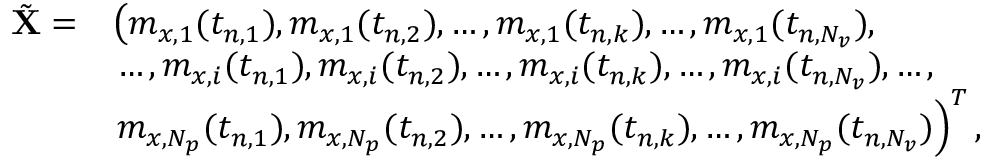
\begin{array} { r l } { \tilde { \mathbf { X } } = } & { \left( m _ { x , 1 } ( t _ { n , 1 } ) , m _ { x , 1 } ( t _ { n , 2 } ) , \ldots , m _ { x , 1 } ( t _ { n , k } ) , \ldots , m _ { x , 1 } ( t _ { n , N _ { v } } ) , \right. } \\ & { \left. \ldots , m _ { x , i } ( t _ { n , 1 } ) , m _ { x , i } ( t _ { n , 2 } ) , \ldots , m _ { x , i } ( t _ { n , k } ) , \ldots , m _ { x , i } ( t _ { n , N _ { v } } ) , \ldots , \right. } \\ & { \left. m _ { x , N _ { p } } ( t _ { n , 1 } ) , m _ { x , N _ { p } } ( t _ { n , 2 } ) , \ldots , m _ { x , N _ { p } } ( t _ { n , k } ) , \ldots , m _ { x , N _ { p } } ( t _ { n , N _ { v } } ) \right) ^ { T } , } \end{array}